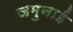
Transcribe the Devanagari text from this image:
जमुनाई